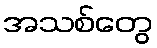
အသစ်တွေ